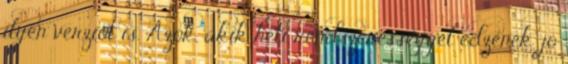
ilyen verziót is. Azok, akik heti rendszerességgel edzenek, jó